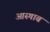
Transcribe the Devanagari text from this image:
आस्षाब